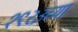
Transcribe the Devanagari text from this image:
१९२३च्या